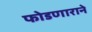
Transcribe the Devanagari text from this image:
फोडणाराने